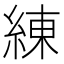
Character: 練